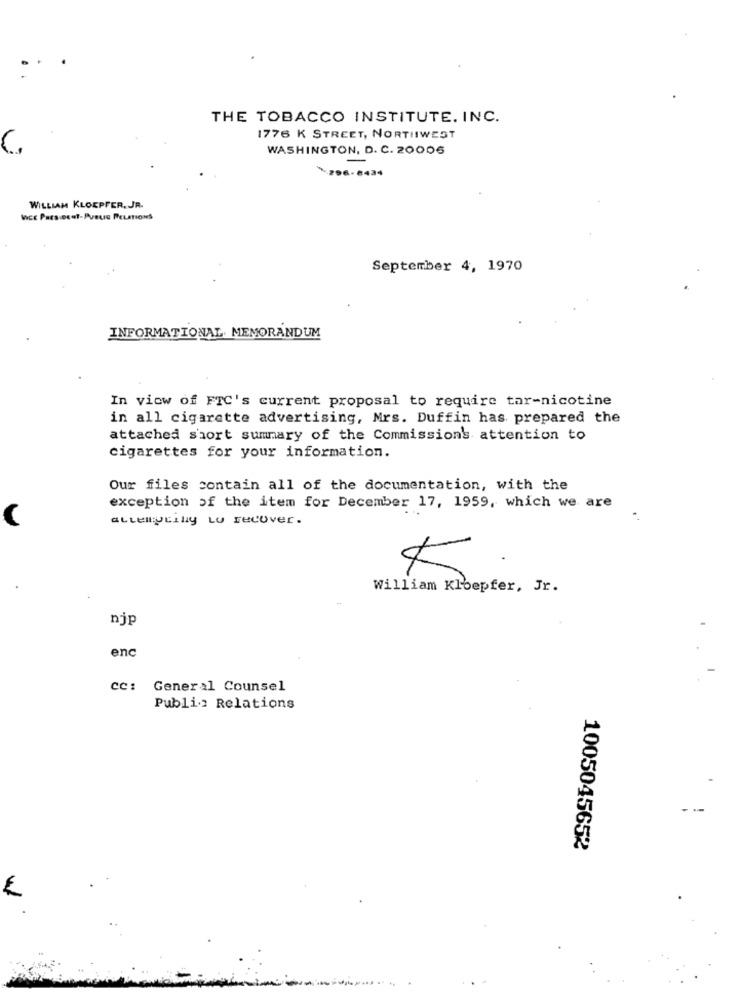
THE TOBACCO INSTITUTE. INC.
1776 K STREET, NORTHWEST
WASHINGTON, D. C. 20006
-
%206-6434
WILLIAM KLOEPFER, JR.
Wcc Paesecut-Pveuc PELATIONS
September 4, 1970
INFORMATIONAL. MEMORANDUM
In view of FTC's current proposal to require tar-nicotine
in all cigarette advertising, Mrs. Duffin has prepared the
attached short summary of the Commission's attention to
cigarettes for your information.
Our files contain all of the documentation, with the
exception of the item for December 17, 1959, which we are
attemptily LO recover.
William Kloepfer, Jr.
njp
enc
cc: General Counsel
Publi .: Relations
1005045652